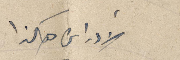
الأدراس هكذا